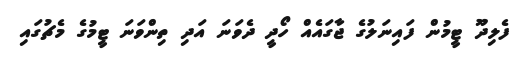
ފެލިދޫ ޓީމުން ފައިނަލުގެ ޖާގައެއް ހޯދީ ދެވަނަ އަދި ތިންވަނަ ޓީމުގެ މެޗުގައި